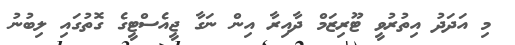
މި އަދަދު އިތުރުވީ ޓޫރިޒަމް ދާއިރާ އިން ނަގާ ޖީއެސްޓީގެ ގޮތުގައި ލިބުނު